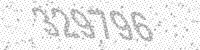
Solution: 329796